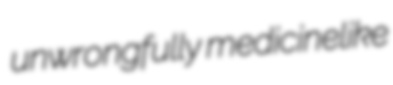
unwrongfully medicinelike